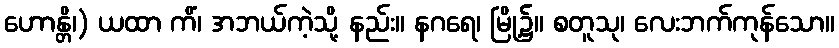
ဟောန္တိ၊) ယထာ ကိံ၊ အဘယ်ကဲ့သို့ နည်း။ နဂရေ၊ မြို့၌။ စတူသု၊ လေးဘက်ကုန်သော။